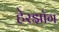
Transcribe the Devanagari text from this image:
हेरझॉग